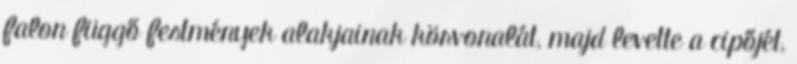
falon függő festmények alakjainak körvonalát, majd levette a cipőjét,